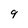
Character: 9